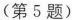
(第5题)